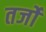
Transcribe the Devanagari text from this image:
तर्जों